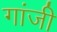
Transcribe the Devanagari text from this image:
गांजी